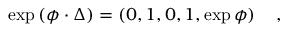
\exp \left( \phi \cdot \Delta \right) = \left( 0 , 1 , 0 , 1 , \exp \phi \right) \quad ,